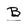
Character: B